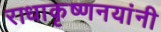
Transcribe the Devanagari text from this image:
राधाकृष्णनयांनी